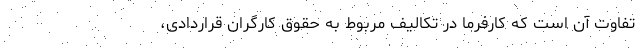
تفاوت آن است که کارفرما در تکالیف مربوط به حقوق کارگران قراردادی،